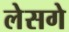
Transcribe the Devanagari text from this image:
लेसगे